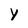
Character: V